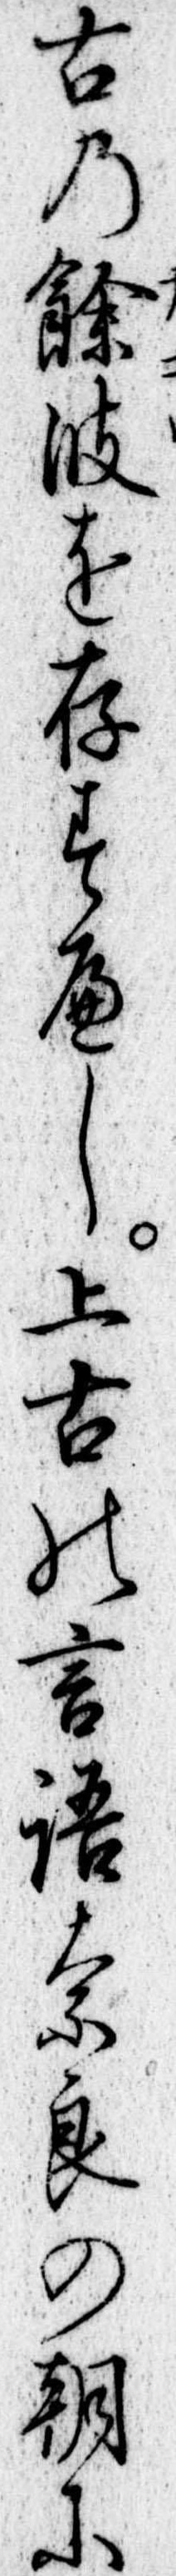
古の余波を存すへし上古の言語奈良の朝に